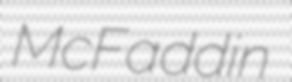
McFaddin